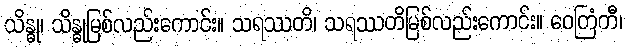
သိန္ဓု၊ သိန္ဓုမြစ်လည်းကောင်း။ သရဿတိ၊ သရဿတိမြစ်လည်းကောင်း။ ဝေတြံတီ၊